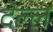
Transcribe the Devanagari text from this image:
देल्ल